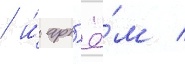
/ и́ арт'ё́м /